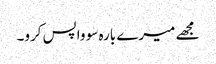
مجھے میرے بارہ سو واپس کرو۔